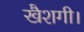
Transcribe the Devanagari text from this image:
खैशगी।